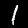
Label: 1